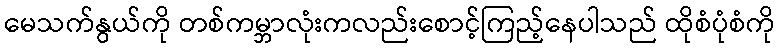
မေသက်နွယ်ကို တစ်ကမ္ဘာလုံးကလည်းစောင့်ကြည့်နေပါသည် ထိုစံပုံစံကို